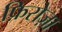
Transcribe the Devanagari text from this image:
फ़िरोज़ा